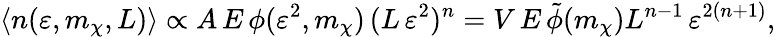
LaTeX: \langle n(\varepsilon,m_{\chi},L)\rangle\propto A\, E\, \phi(\varepsilon^{2},m_{\chi})\, (L\, \varepsilon^{2})^{n}=V\, E\, \tilde{\phi}(m_{\chi})L^{n-1}\, \varepsilon^{2(n+1)},